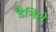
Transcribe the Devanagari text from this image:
डैनिशे